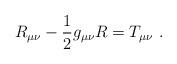
LaTeX: \begin{align*}R_{\mu\nu} - {1\over2} g_{\mu\nu} R = T_{\mu\nu}\ .\end{align*}